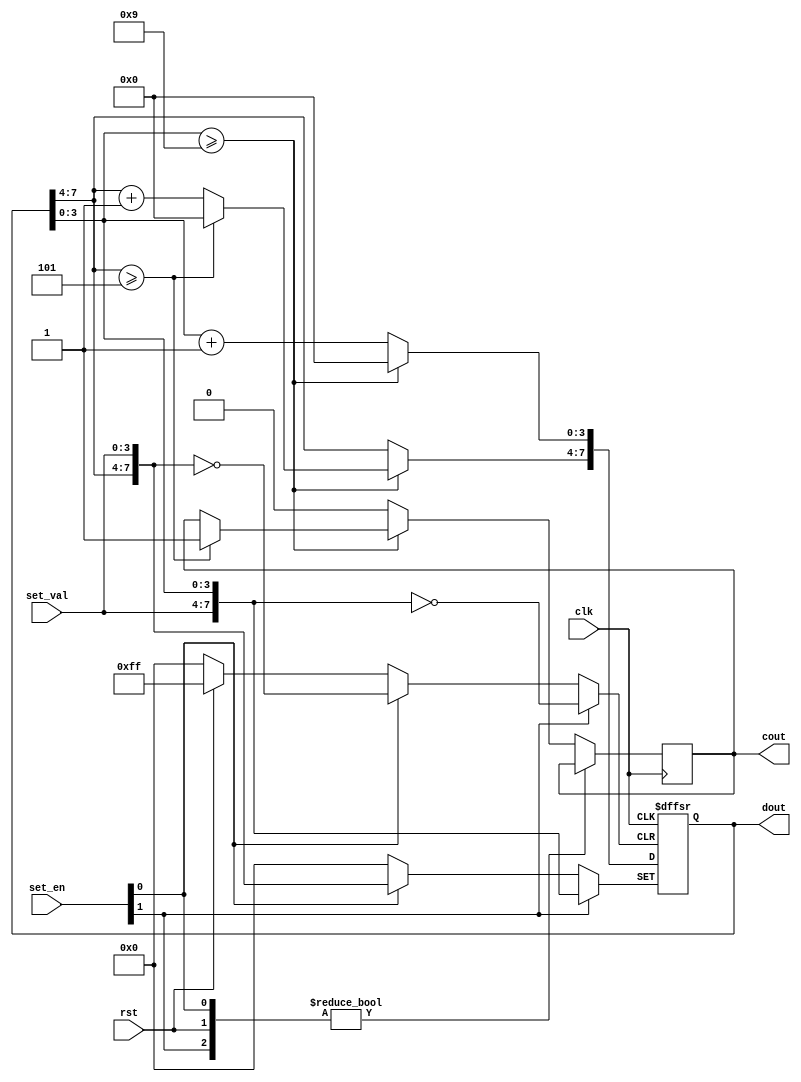
module counter60(
    input clk,
    input rst,
    input [1:0]set_en,
    input [3:0]set_val,
    output cout,
    output [7:0] dout
    );
    reg[7:0]dout;
    reg cout;
    always@(posedge clk or posedge rst or posedge set_en[0] or posedge set_en[1])
    begin
        if(rst)
            dout<=0;
        
           else if(set_en[0]) 
                dout[3:0] <= set_val;
            else if(set_en[1])
                dout[7:4] <= set_val;
        else if(dout[3:0]>=9)
        begin
            dout[3:0]=0;
            if(dout[7:4]>=5)
            begin
                dout[7:4]=0;
                cout<=1'b1;
            end
            else
                dout[7:4]=dout[7:4]+1;
        end
        else
        begin
            dout[3:0]=dout[3:0]+1;
            cout<=0;
        end
    end
endmodule